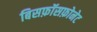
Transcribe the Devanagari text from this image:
बिसफ़ॉसफ़ोनेट